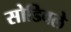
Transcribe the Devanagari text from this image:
सोडिवले